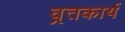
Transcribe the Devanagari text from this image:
व्रतकार्य